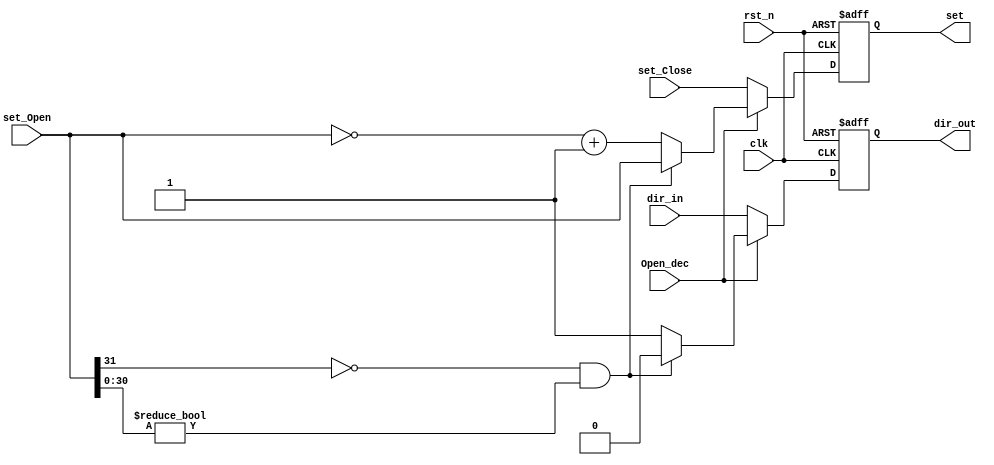
module OpenOrCloseLoop(clk,rst_n,set,Open_dec,dir_in,set_Open,set_Close,dir_out);
input clk,rst_n,Open_dec,dir_in;
output [31:0]set;
output dir_out;
input [31:0]set_Open,set_Close;
reg [31:0]set;
reg dir_out;
always @(posedge clk or negedge rst_n)
begin
    if(!rst_n)
	begin
		set<=32'd0;
		dir_out<=1'b0;
	end
    else
	begin
	    if(Open_dec==1'b1)
		begin
			if(set_Open[31]==1'b0 && set_Open[30:0] != 0)
		    begin
				set<=set_Open;
				dir_out<=1'b0;
			end
			else
			begin
				set<=(~set_Open)+1;
				dir_out<=1'b1;
			end
		end
	    else
		begin
		    set<=set_Close;
		    dir_out<=dir_in;
		end

	end
end//always
endmodule